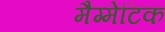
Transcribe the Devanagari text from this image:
मैग्मेटिक